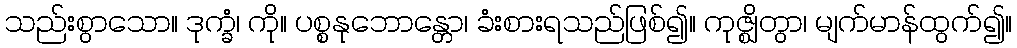
သည်းစွာသော။ ဒုက္ခံ၊ ကို။ ပစ္စနုဘောန္တော၊ ခံးစားရသည်ဖြစ်၍။ ကုဇ္ဈိတွာ၊ မျက်မာန်ထွက်၍။